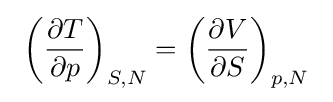
~\left({\partial T \over \partial p}\right)_{S,N}=\left({\partial V \over \partial S}\right)_{p,N}~